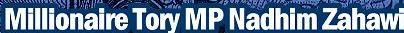
Millionaire Tory MP Nadhim Zahawi